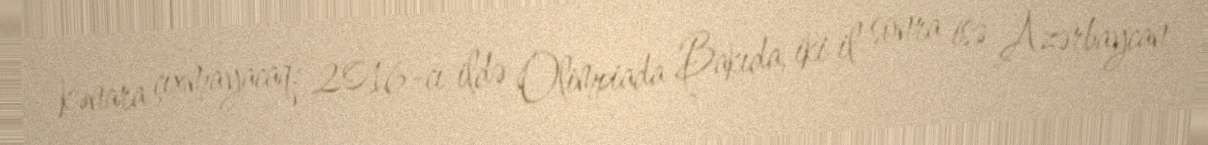
kənara çıxmayacaq: 2016-cı ildə Olimpiada Bakıda, iki il sonra isə Azərbaycan